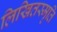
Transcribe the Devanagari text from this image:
लिखितस्मृति